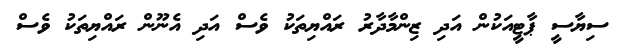
ސިޔާސީ ޕާޓީއަކުން އަދި ޒިންމާދާރު ރައްޔިތަކު ވެސް އަދި އެނޫން ރައްޔިތަކު ވެސް